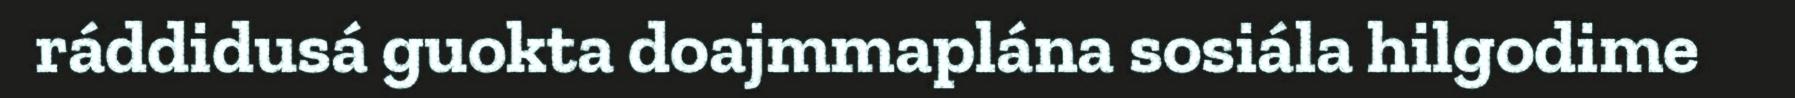
ráddidusá guokta doajmmaplána sosiála hilgodime